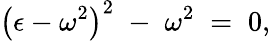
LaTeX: \left(\epsilon-\omega^{2}\right)^{2}\; -\; \omega^{2}\; =\; 0,